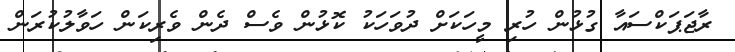
ރާޖަޕަކްސައާ ގުޅުން ހުރި މީހަކަށް ދުވަހަކު ކޮޅުން ވެސް ދެން ވެރިކަން ހަވާލުކުރަން